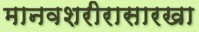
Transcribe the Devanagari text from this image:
मानवशरीरासारखा